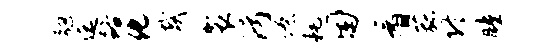
强迄路化哉袈污僚耗困看菰终瞳